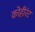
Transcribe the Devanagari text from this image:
कोहीरंट